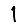
Digit: 1